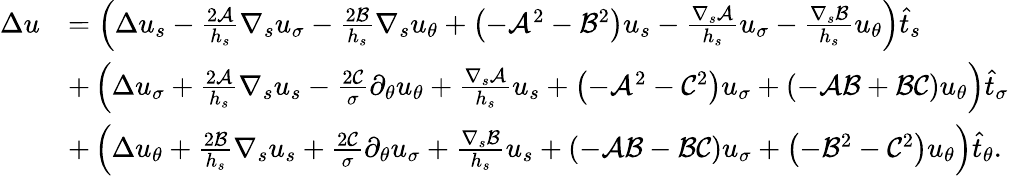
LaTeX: \begin{array}{rl}{\Delta u}&{=\left(\Delta u_{s}-\frac{2\mathcal{A}}{h_{s}}\nabla_{s}u_{\sigma}-\frac{2\mathcal{B}}{h_{s}}\nabla_{s}u_{\theta}+\left(-\mathcal{A}^{2}-\mathcal{B}^{2}\right)u_{s}-\frac{\nabla_{s}\mathcal{A}}{h_{s}}u_{\sigma}-\frac{\nabla_{s}\mathcal{B}}{h_{s}}u_{\theta}\right)\widehat{t}_{s}}\\ &{+\left(\Delta u_{\sigma}+\frac{2\mathcal{A}}{h_{s}}\nabla_{s}u_{s}-\frac{2\mathcal{C}}{\sigma}\partial_{\theta}u_{\theta}+\frac{\nabla_{s}\mathcal{A}}{h_{s}}u_{s}+\left(-\mathcal{A}^{2}-\mathcal{C}^{2}\right)u_{\sigma}+(-\mathcal{A}\mathcal{B}+\mathcal{B}\mathcal{C})u_{\theta}\right)\widehat{t}_{\sigma}}\\ &{+\left(\Delta u_{\theta}+\frac{2\mathcal{B}}{h_{s}}\nabla_{s}u_{s}+\frac{2\mathcal{C}}{\sigma}\partial_{\theta}u_{\sigma}+\frac{\nabla_{s}\mathcal{B}}{h_{s}}u_{s}+(-\mathcal{A}\mathcal{B}-\mathcal{B}\mathcal{C})u_{\sigma}+\left(-\mathcal{B}^{2}-\mathcal{C}^{2}\right)u_{\theta}\right)\widehat{t}_{\theta}.}\end{array}